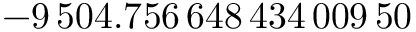
- 9 \, 5 0 4 . 7 5 6 \, 6 4 8 \, 4 3 4 \, 0 0 9 \, 5 0